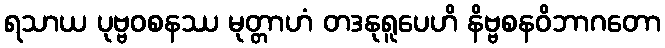
ရသာယ ပုဗ္ဗဝစနဿ မုတ္တာဟံ တဒနုရူပေဟိ နိဗ္ဗစနဝိဘာဂတော